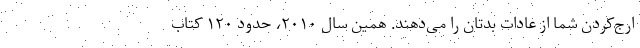
ارج‌کردن شما از عادات بدتان را می‌دهند. همین سال ۲۰۱۰، حدود ۱۲۰ کتاب